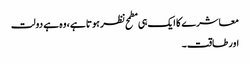
معاشرے کا ایک ہی مطمح نظر ہوتا ہے، وہ ہے دولت
اور طاقت۔